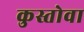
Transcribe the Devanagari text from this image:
कुस्तोवा